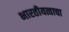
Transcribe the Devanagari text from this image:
भारतीयत्वाचा